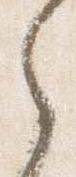
之